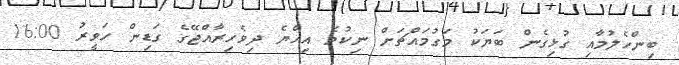
ބިންހެލުމާއި ގުޅިގެން ބަޔަކު މަގުމައްޗަށް ނިކުމެ އިއްޔެ ދިވެހިރާއްޖޭގެ ގަޑިން ހަވީރު 16:00